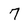
Character: 7